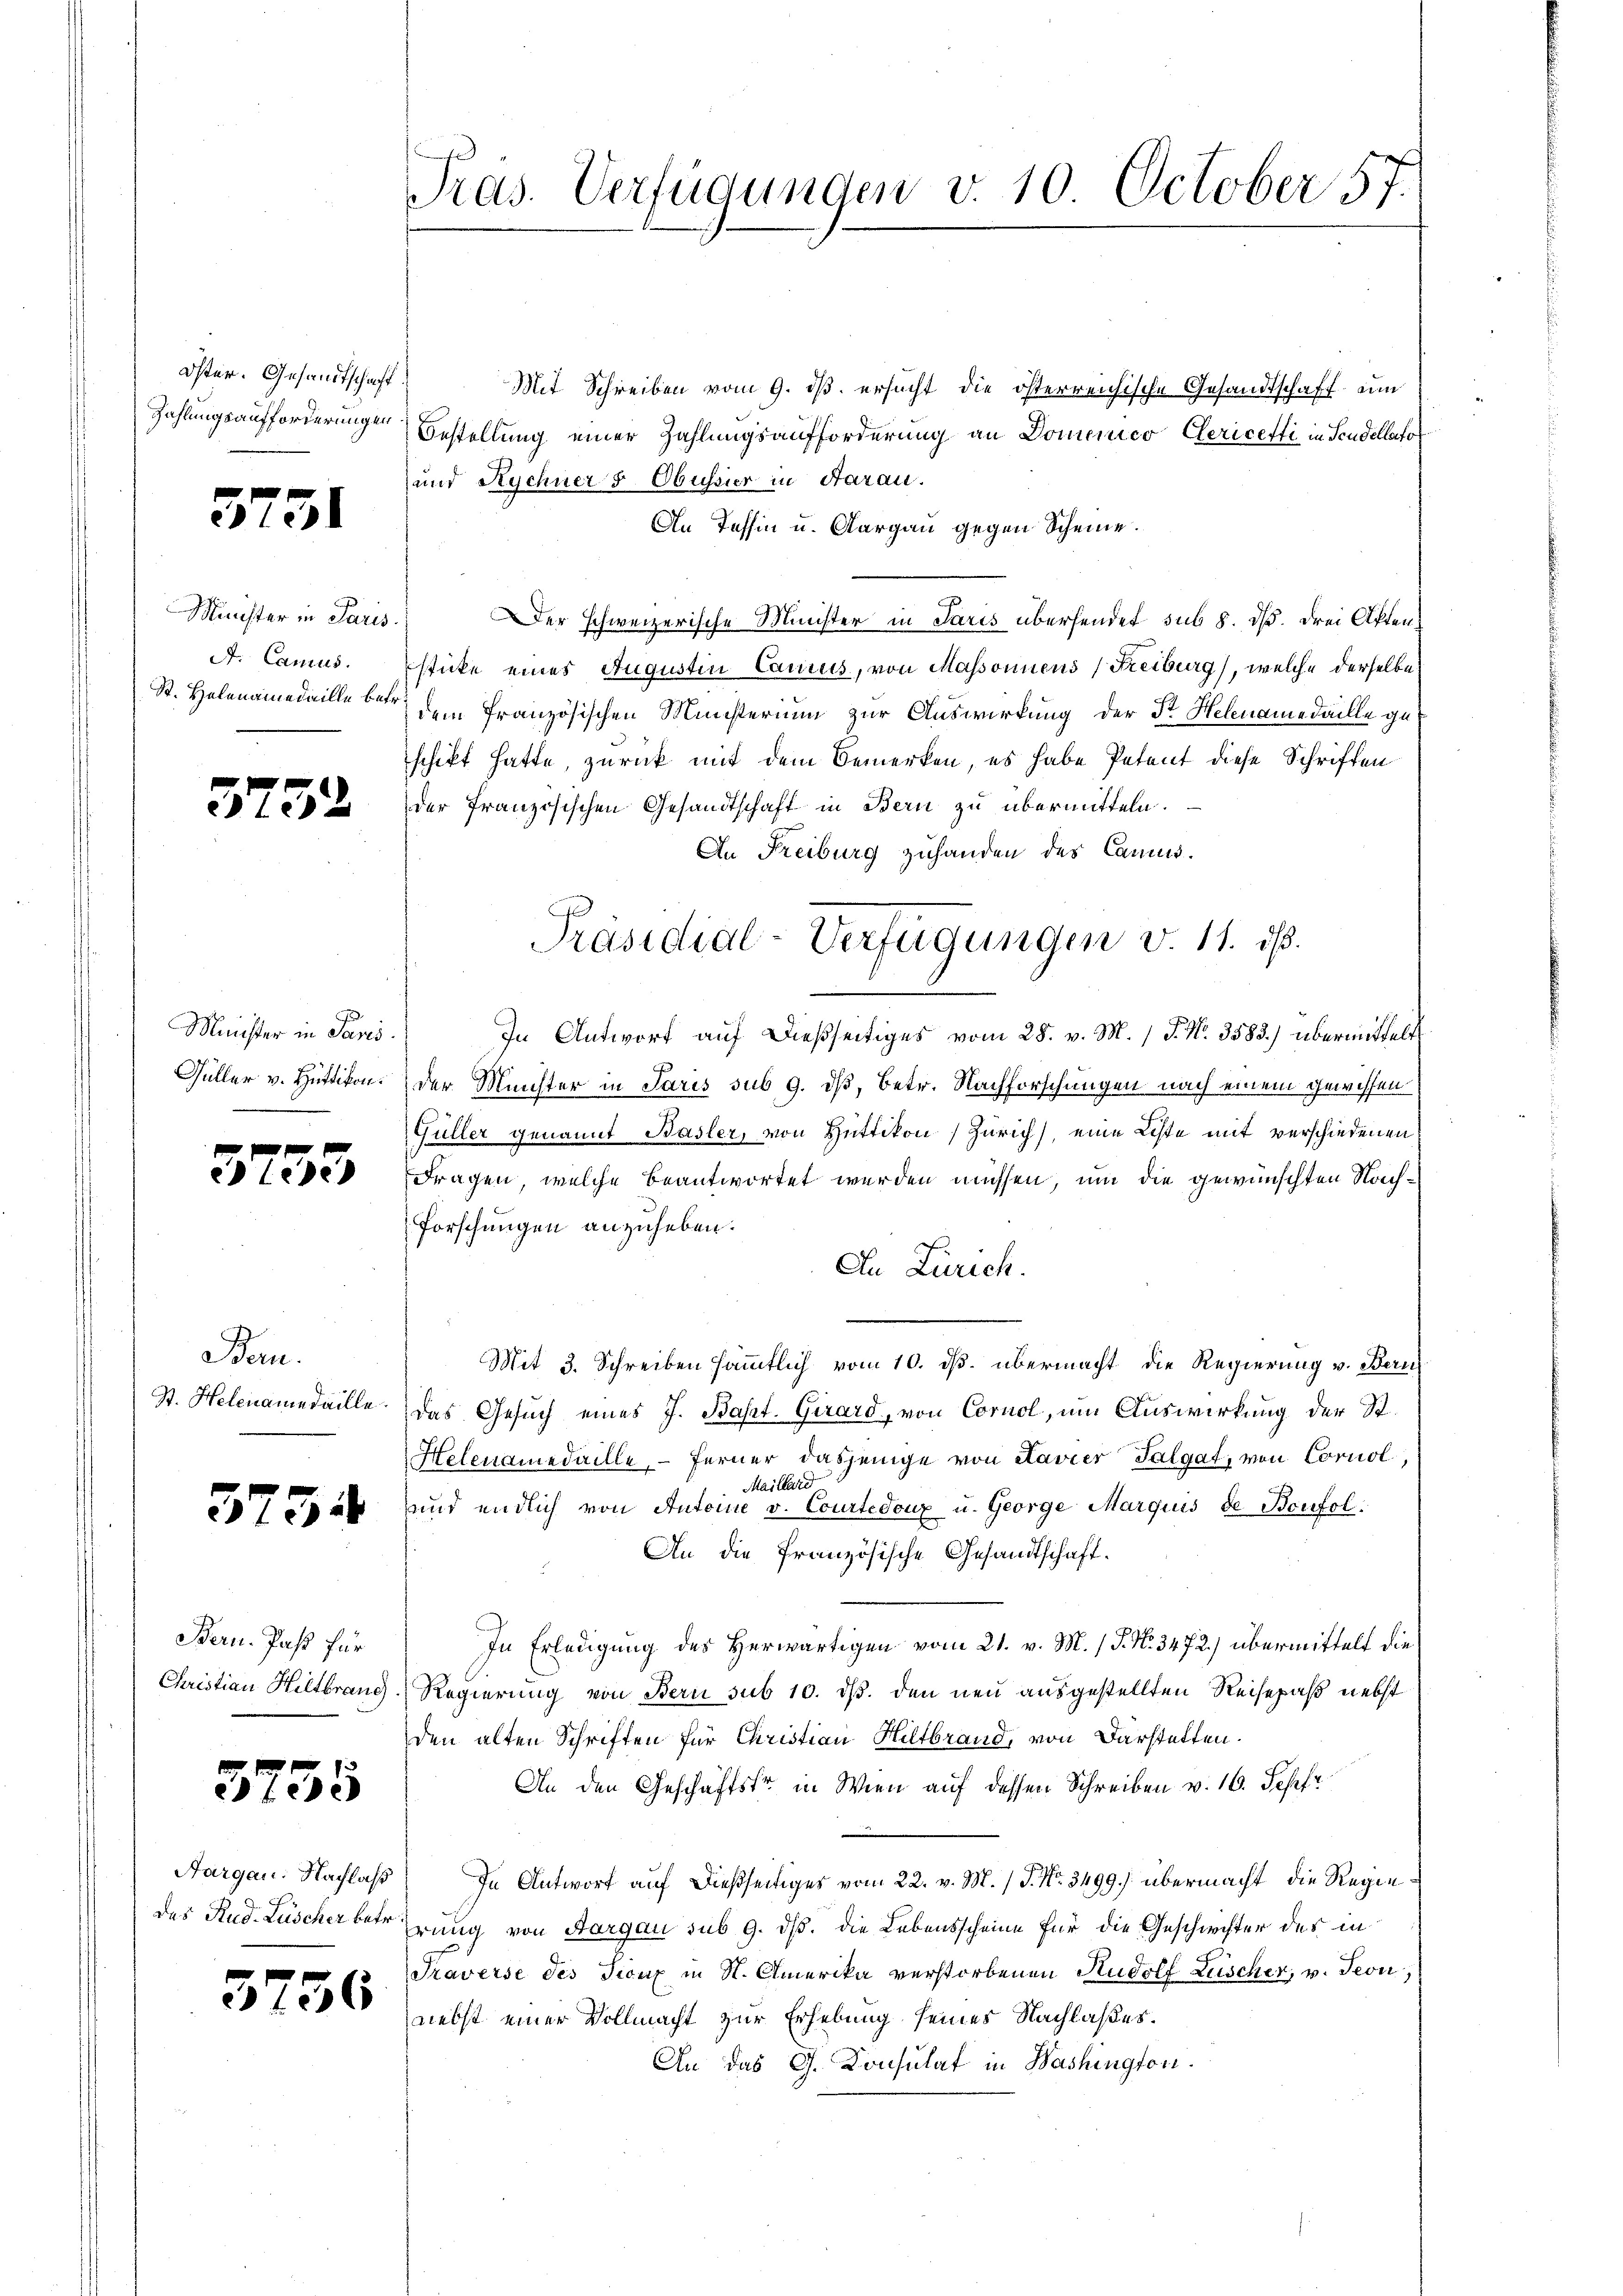
Öster. Gesandtschaft
Zahlungsaufforderungen.

5731

Minister in Paris.
A. Camus.
St. Helenamedaille betr.

3732

Minister in Paris.
Güller v. Hüttikon.

3735

Bern.
St. Helenamedaille.

3734

Bern. Paß für
Christian Hiltbrand.

3735

Aargau. Nachlaß

3736

Präs. Verfügungen v. 10 October 57.

Mit Schreiben vom 9. ds. ersucht die österreichische Gesandtschaft um
Bestellung einer Zahlungsaufforderung an Dominico Clericeffi in Scudellato
und Rychner 5 Obussier in Aarau
An Tessin u. Aargau gegen Scheine.
Der schweizerische Minister in Paris übersendet sub 8. dß. drei Aktensticke eines Augustin Canius, von Massonnens (Freiburg), welche derselbe
dem französischen Ministerium zur Auswirkung der Sr. Helenamedaille geschikt hatte, zurück mit dem Bemerken, es habe Petent diese Schriften
der französischen Gesandtschaft in Bern zu übermitteln.
An Freiburg zuhanden des Camus.
In Antwort auf dießseitiges vom 28. v. M. P. Nr. 3583.) übermittelt
der Minister in Paris sub 9. dß, Betr. Nachforschungen nach einem gewissen¬
Güller genannt Basler, von Hüttikon, Zürich, eine Liste mit verschiedenen
Fragen, welche beantwortet werden müssen, um die gewünschten Nach¬
Forschungen anzuheben.
An Zürich.
Mit 3. Schreiben sämmtlich vom 10. ds. übermacht, die Regierung v. Bern
das Gesuch eines J. Bapt. Girard, von Cornol, um Auswirkung der St.
Helenamedaille, – ferner dasjenige von Lavier Talgat, von Corniol,
Maillerd
und endlich von Antoine v. Courtedoux u. George Marquis de Boufol¬
An die französische Gesandtschaft.
In Erledigung des Herwärtigen vom 21. v. M. / J. N. 3472) übermittelt die
Regierung von Bern sub 10. ds. den neu ausgestellten Reisepaß nebst
den alten Schriften für Christian Hiltbrand, von Darstatten.
An den Geschäftsfr. in Wien auf dessen Schreiben v. 16. Josef
In Antwort auf dießseitiges vom 22. v. M. J. No. 3499.) übermacht, die Regiedes Stud. Lüscher betr. Erung von Aargau sub 9. dß. die Lebensscheine für die Geschichter des in
Traverse des Franz in St. Amerika verstorbenen Rudolf Lüscher, v. Teon,
niebst einer Vollmacht zur Erhebung seines Nachlaßes.
An das G. Konsulat in Bashington.

Präsidial-Verfügungen v. 11. ist.